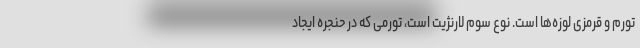
تورم و قرمزی لوزه‌ها است. نوع سوم لارنژیت است، تورمی که در حنجره ایجاد